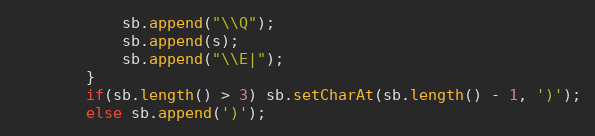
Language: Java
            sb.append("\\Q");
            sb.append(s);
            sb.append("\\E|");
        }
        if(sb.length() > 3) sb.setCharAt(sb.length() - 1, ')');
        else sb.append(')');